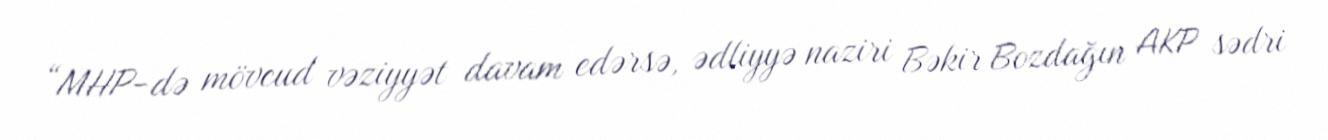
“MHP-də mövcud vəziyyət davam edərsə, ədliyyə naziri Bəkir Bozdağın AKP sədri